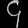
Digit: ၄